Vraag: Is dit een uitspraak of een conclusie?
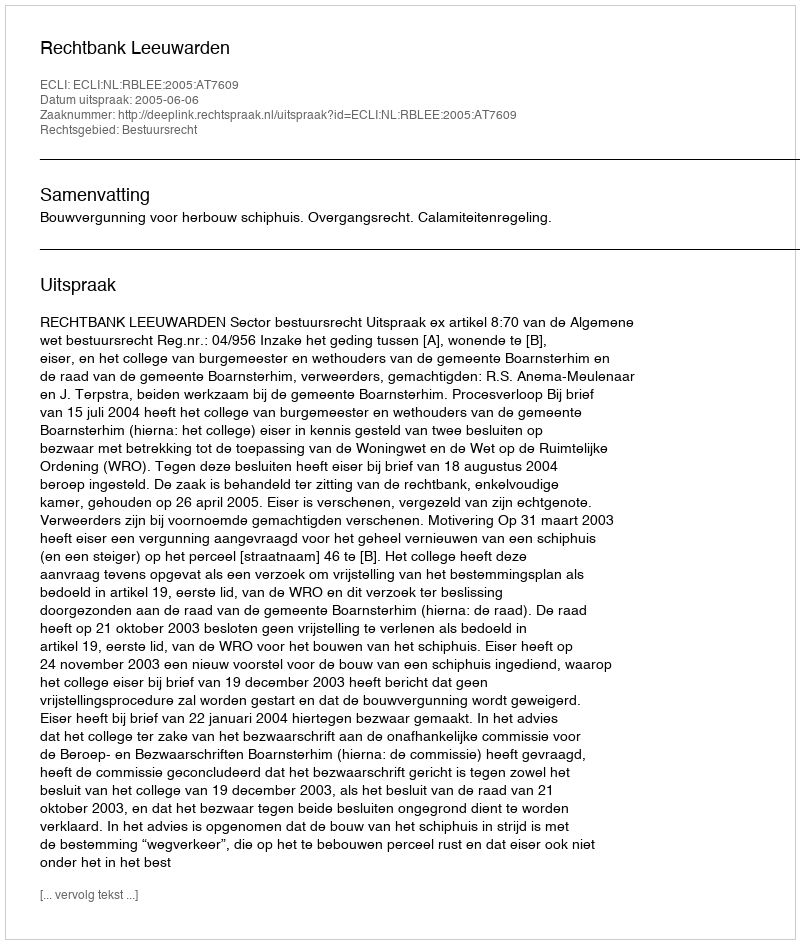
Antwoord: Uitspraak